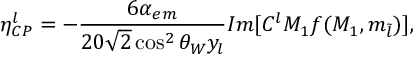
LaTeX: \eta _ { C P } ^ { l } = - \frac { 6 \alpha _ { e m } } { 2 0 \sqrt { 2 } \cos ^ { 2 } { \theta _ { W } } y _ { l } } I m [ C ^ { l } M _ { 1 } f ( M _ { 1 } , m _ { \tilde { l } } ) ] ,